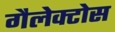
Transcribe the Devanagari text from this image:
गैलेक्टोस